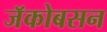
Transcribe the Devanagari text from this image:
जॅकोबसन